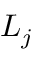
L _ { j }